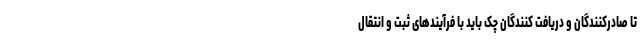
تا صادرکنندگان و دریافت کنندگان چک باید با فرآیندهای ثبت و انتقال